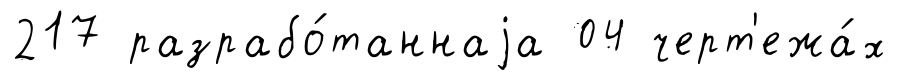
217 разрабо́таннаjа 04 черт'ежа́х